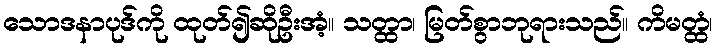
သောဒနာပုဒ်ကို ထုတ်၍ဆိုဦးအံ့။ သတ္ထာ၊ မြတ်စွာဘုရားသည်။ ကိမတ္ထံ၊